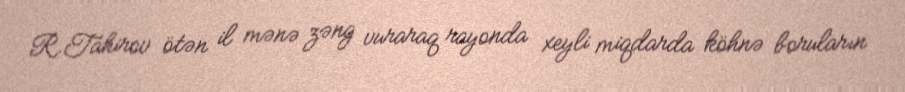
R.Tahirov ötən il mənə zəng vuraraq rayonda xeyli miqdarda köhnə boruların